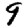
Digit: 9